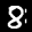
Label: 8